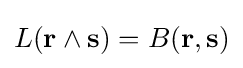
L(\mathbf {r} \wedge \mathbf {s} )=B(\mathbf {r} ,\mathbf {s} )